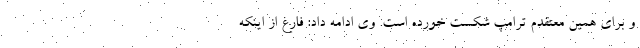
و برای همین معتقدم ترامپ شکست خورده است. وی ادامه داد: فارغ از اینکه